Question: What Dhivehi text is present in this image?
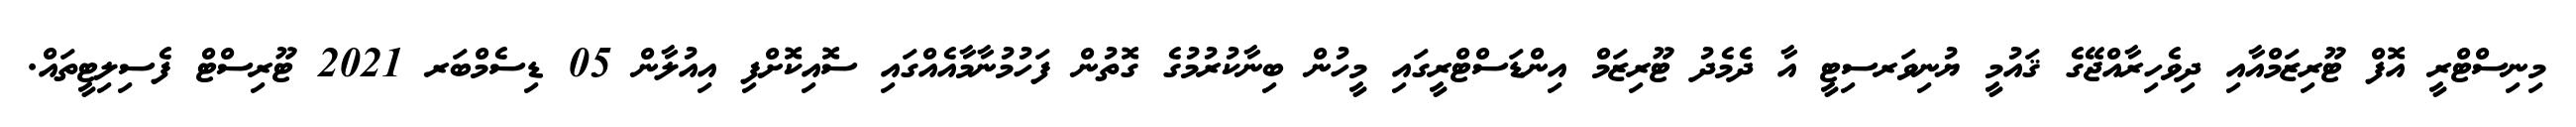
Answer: މިނިސްޓްރީ އޮފް ޓޫރިޒަމްއާއި ދިވެހިރާއްޖޭގެ ޤައުމީ ޔުނިވަރސިޓީ އާ ދެމެދު ޓޫރިޒަމް އިންޑަސްޓްރީގައި މީހުން ބިނާކުރުމުގެ ގޮތުން ފަހުމުނާމާއެއްގައި ސޮއިކޮށްފި އިއުލާން 05 ޑިސެމްބަރ 2021 ޓޫރިސްޓް ފެސިލިޓީތައް.